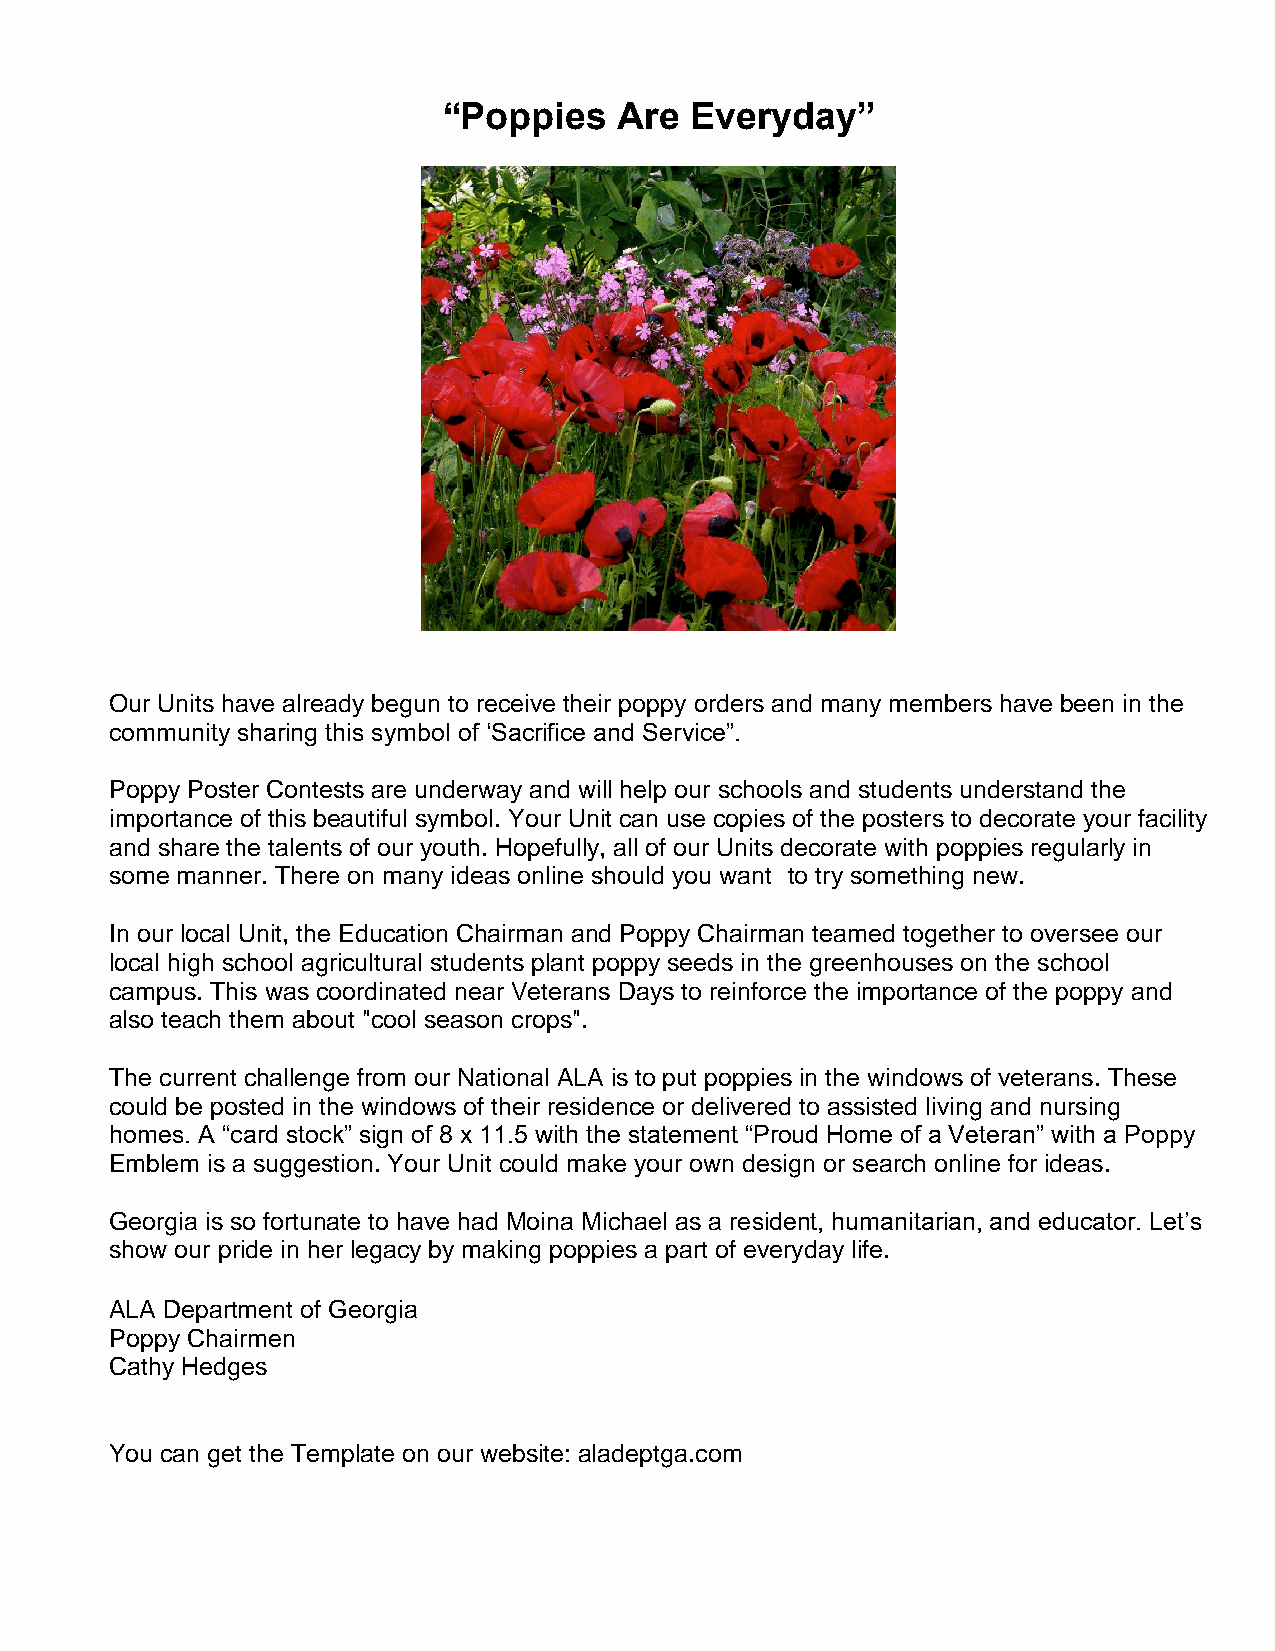
“Poppies    Are  Everyday”
 Our Units have already begun to receive their poppy orders and many members have been in the
 community sharing this symbol of ‘Sacrifice and Service”.
 Poppy Poster Contests are underway and will help our schools and students understand the
 importance of this beautiful symbol. Your Unit can use copies of the posters to decorate your facility
 and share the talents of our youth. Hopefully, all of our Units decorate with poppies regularly in
 some manner. There on many ideas online should you want to try something new.
 In our local Unit, the Education Chairman and Poppy Chairman teamed together to oversee our
 local high school agricultural students plant poppy seeds in the greenhouses on the school
 campus. This was coordinated near Veterans Days to reinforce the importance of the poppy and
 also teach them about "cool season crops".
 The current challenge from our National ALA is to put poppies in the windows of veterans. These
 could be posted in the windows of their residence or delivered to assisted living and nursing
 homes. A “card stock” sign of 8 x 11.5 with the statement “Proud Home of a Veteran” with a Poppy
 Emblem is a suggestion. Your Unit could make your own design or search online for ideas.
 Georgia is so fortunate to have had Moina Michael as a resident, humanitarian, and educator. Let’s
 show our pride in her legacy by making poppies a part of everyday life.
 ALA Department of Georgia
 Poppy Chairmen
 Cathy Hedges
 You can get the Template on our website: aladeptga.com